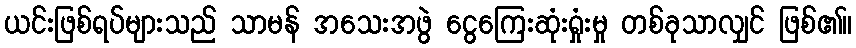
ယင်းဖြစ်ရပ်များသည် သာမန် အသေးအဖွဲ ငွေကြေးဆုံးရှုံးမှု တစ်ခုသာလျှင် ဖြစ်၏။